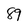
Character: 9